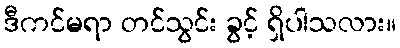
ဒီကင်မရာ တင်သွင်း ခွင့် ရှိပါသလား။